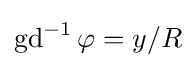
\operatorname {gd} ^{-1}\varphi =y/R